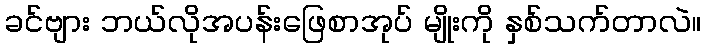
ခင်ဗျား ဘယ်လိုအပန်းဖြေစာအုပ် မျိုးကို နှစ်သက်တာလဲ။